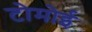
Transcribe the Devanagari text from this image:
टोमोई